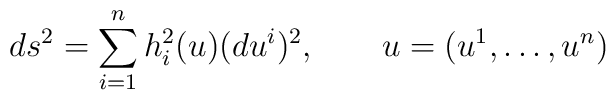
ds^2=\sum\limits_{i=1}^n h^2_i(u) (du^i)^2,\qquad u=(u^1,\dots,u^n)